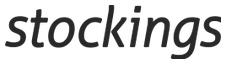
stockings